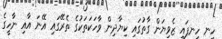
ހީނ ހީނފައި ޒެވިޔަން ގާތުގައި ކިޔާދިން ވާހަކަތަކުގެ ތެރޭގައި އޭނަ އާއި ނާހީގެ